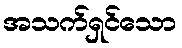
အသက်ရှင်သော